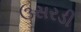
ઉસરડી